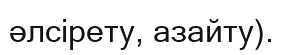
әлсірету, азайту).